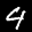
Label: 4